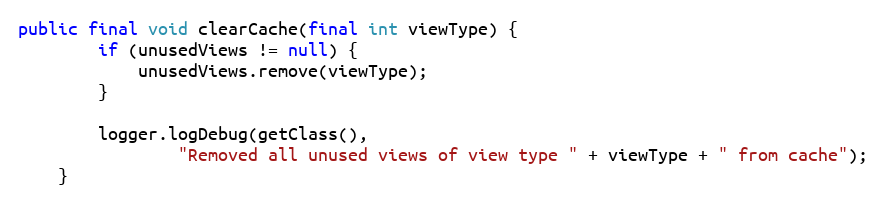
Language: Java
public final void clearCache(final int viewType) {
        if (unusedViews != null) {
            unusedViews.remove(viewType);
        }

        logger.logDebug(getClass(),
                "Removed all unused views of view type " + viewType + " from cache");
    }